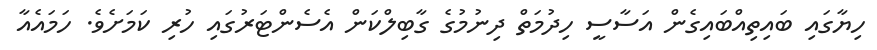
ހިޔާގައި ބައިތިއްބައިގެން އަސާސީ ހިދުމަތް ދިނުމުގެ ގާބިލްކަން އެސެންޓަރުގައި ހުރި ކަމަށެވެ. ހަމައެއާ